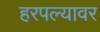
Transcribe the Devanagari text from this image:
हरपल्यावर